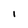
Character: l